Vaccination United Provinces of Agra and Oudh 1914-1922 - 1914-1922
Year: 1914
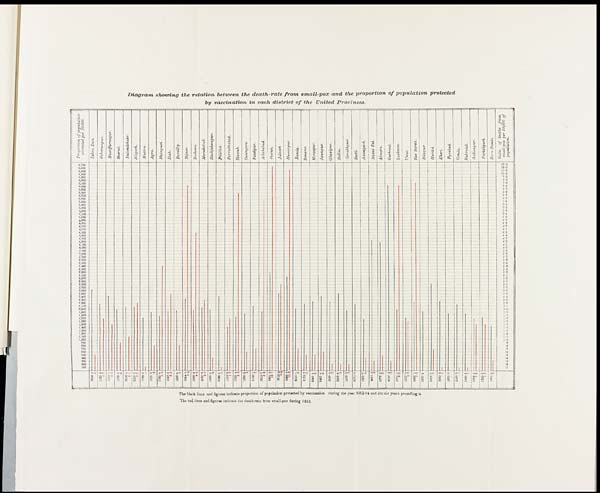
Diagram showing the relation between the death-rate from small-pox and the proportion of population
protected
by vaccination in each district of the United Provinces.
The black lines and figures indicate proportion of population protected by vaccination during the year 1913-14 and the six years preceding it
The red lines and figures indicate the death-rate from small-pox during 1913.